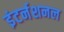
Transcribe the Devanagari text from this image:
इंटर्नशनल